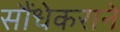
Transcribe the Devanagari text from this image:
सौंधेकराने